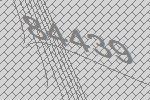
84439